Medical and sanitary report of the native army of Madras for the year
Year: 1875
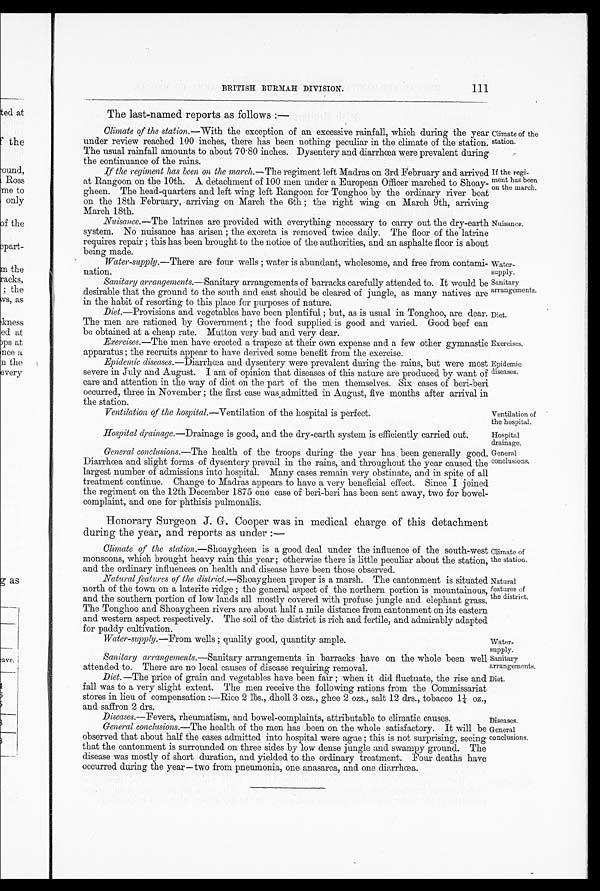
Water
- s u p p l y .
Sanitary
arrangements.
Diet.
Exercises.
Epidemic
diseases.
Ventilation of
the hospital.
Hospital
drainage.
Sanitary
arrangements.
Diet.
111
BRITISH BURMAH DIVISION.
The last-named reports as follows:—
Climate of the station .—With the exception of an excessive rainfall, which during the year
under review reached 100 inches, there has been nothing peculiar in the climate of the station.
The usual rainfall amounts to about 70.80 inches. Dysentery and diarrhœa were prevalent during
the continuance of the rains.
If the regiment has been on the march .—The regiment left Madras on 3rd February and arrived
at Rangoon on the 10th. A detachment of 100 men under a European Officer marched to Shoay
-gheen. The head-quarters and left wing left Rangoon for Tonghoo by the ordinary river boat
on the 18th February, arriving on March the 6th; the right wing on March 9th, arriving
March 18th.
Nuisance .—The latrines are provided with everything necessary to carry out the dry-earth
system. No nuisance has arisen; the excreta is removed twice daily. The floor of the latrine
requires repair; this has been brought to the notice of the authorities, and an asphalte floor is about
b e i n g m a d e .
Water-supply .—There are four wells; water is abundant, wholesome, and free from contami
-nation.
Sanitary arrangements .—Sanitary arrangements of barracks carefully attended to. It would be
desirable that the ground to the south and east should be cleared of jungle, as many natives ar
e in the habit of resorting to this place for for purposes of nature.
Diet .—Provisions and vegetables have been plentiful; but, as is usual in Tonghoo, are dear.
The men are rationed by Government; the food supplied is good and varied. Good beef can
be obtained at a cheap rate. Mutton very bad and very dear.
Exercises .—The men have erected a trapeze at their own expense and a few other gymnastic
apparatus; the recruits appear to have derived some benefit from the exercise.
Epidemic diseases .—Diarrhœa and dysentery were prevalent during the rains, but were most
severe in July and August. I am of opinion that diseases of this nature are produced by want of
care and attention in the way of diet on the part of the men themselves. Six cases of beri-beri
occurred, three in November; the first case was admitted in August, five months after arrival in
t h e s t a t i o n .
Climate of the
station.
If the regi
-ment has been
on the march.
Nuisance.
Ventilation of the hospital.—Ventilation of the hospital is perfect.
Hospital drainage .—Drainage is good, and the dry-earth system is efficiently carried out.
General conclusions .—The health of the troops during the year has been generally good.
Diarrhœa and slight forms of dysentery prevail in the rains, and throughout the year caused the
largest number of admissions into hospital. Many cases remain very obstinate, and in spite of all
treatment continue. Change to Madras appears to have a very beneficial effect. Since I joined
the regiment on the 12th December 1875 one case of beri-beri has been sent away, two for bowel-
complaint, and one for phthisis pulmonalis.
Honorary Surgeon J. G. Cooper was in medical charge of this detachment
during the year, and reports as under:—
Climate of the station .—Shoaygheen is a good deal under the influence of the south-west
monsoons, which brought heavy rain this year; otherwise there is little peculiar about the station,
and the ordinary influences on health and disease have been those observed.
Natural features of the district.—Shoaygheen proper is a marsh. The cantonment is situated
north of the town on a laterite ridge; the general aspect of the northern portion is mountainous,
and the southern portion of low lands all mostly covered with profuse jungle and elephant grass.
The Tonghoo and Shoaygheen rivers are about half a mile distance from cantonment on its eastern
and western aspect respectively. The soil of the district is rich and fertile, and admirably adapted
for paddy cultivation.
Water-supply .—From wells; quality good, quantity ample.
General
conclusions.
Climate of
the station.
Natural
features of
the district.
Water
-supply.
Sanitary arrangements .—Sanitary arrangements in barracks have on the whole been well
attended to. There are no local causes of disease requiring removal.
Diet .—The price of grain and vegetables have been fair; when it dad fluctuate, the rise and
fall was to a very slight extent. The men receive the following rations from the Commissariat
stores in lieu of compensation:—Rice 2 Њ s . , d h o l l 3 o z s . , g h e e 2 o z s . , s a l t 1 2 d r s . , t o b a c c o 1 ¼ o z . ,
and saffron 2 drs.
Diseases .—Fevers, rheumatism, and bowel-complaints, attributable to climatic causes.
Diseases.
General conclusions.— The health of the men has been on the whole satisfactory. It will be
observed that about half the cases admitted into hospital were ague; this is not surprising, seeing
that the cantonment is surrounded on three sides by low dense jungle and swampy ground. The
disease was mostly of short duration, and yielded to the ordinary treatment. Four deaths have
occurred during the year—two from pneumonia, one anasarca, and one diarrhœa.
General
conclusions.